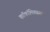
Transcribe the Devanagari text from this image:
काॅकॉमिक्ससार